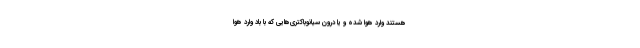
هستند وارد هوا شده و یا درون سیانوباکتری‌هایی که با باد وارد هوا